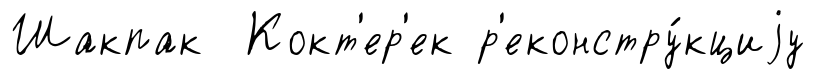
Шакпак Кокт'ер'ек р'еконстру́кциjу